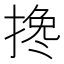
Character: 搀